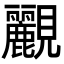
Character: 䚕